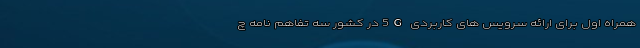
همراه اول برای ارائه سرویس های کاربردی 5G در کشور سه تفاهم نامه چ